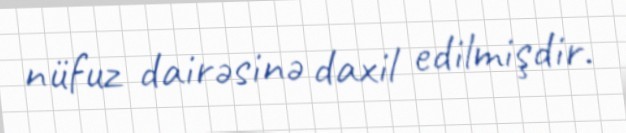
nüfuz dairəsinə daxil edilmişdir.